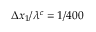
\Delta x _ { 1 } / \lambda ^ { c } = 1 / 4 0 0